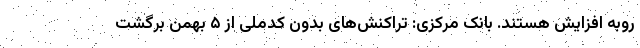
روبه افزایش هستند. بانک مرکزی: تراکنش‌های بدون کدملی از ۵ بهمن برگشت